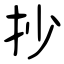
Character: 抄